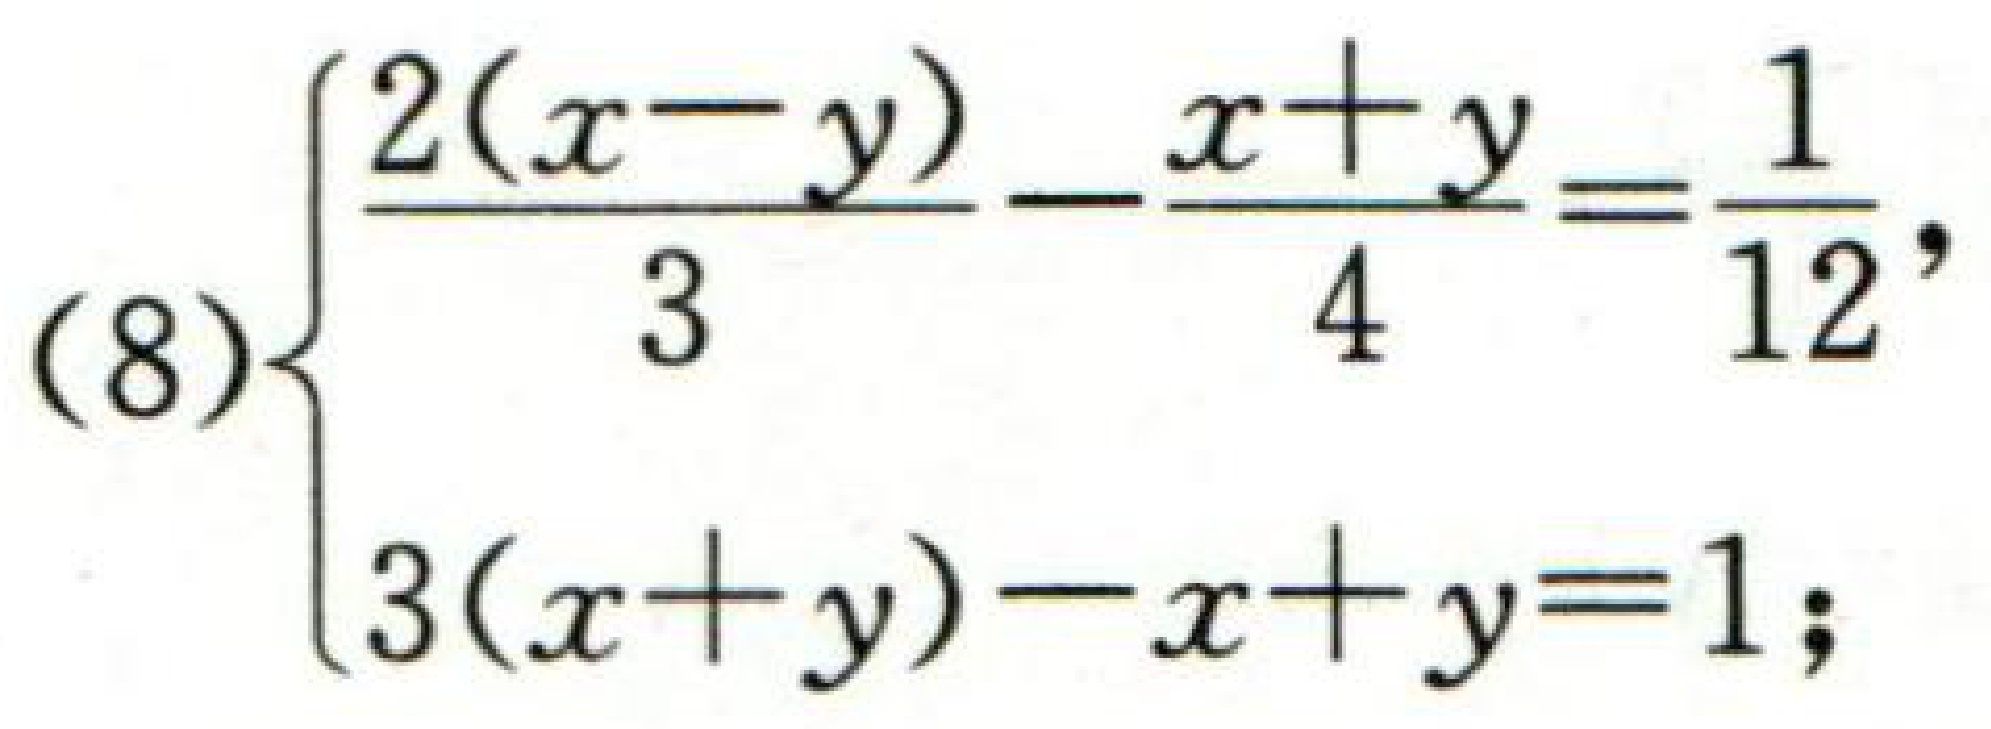
\(

(8)

\left\{

\begin{array}{l}

\frac{2(x - y)}{3}-\frac{x + y}{4}=\frac{1}{12},\\

3(x + y)-x + y = 1;

\end{array}

\right.

\)